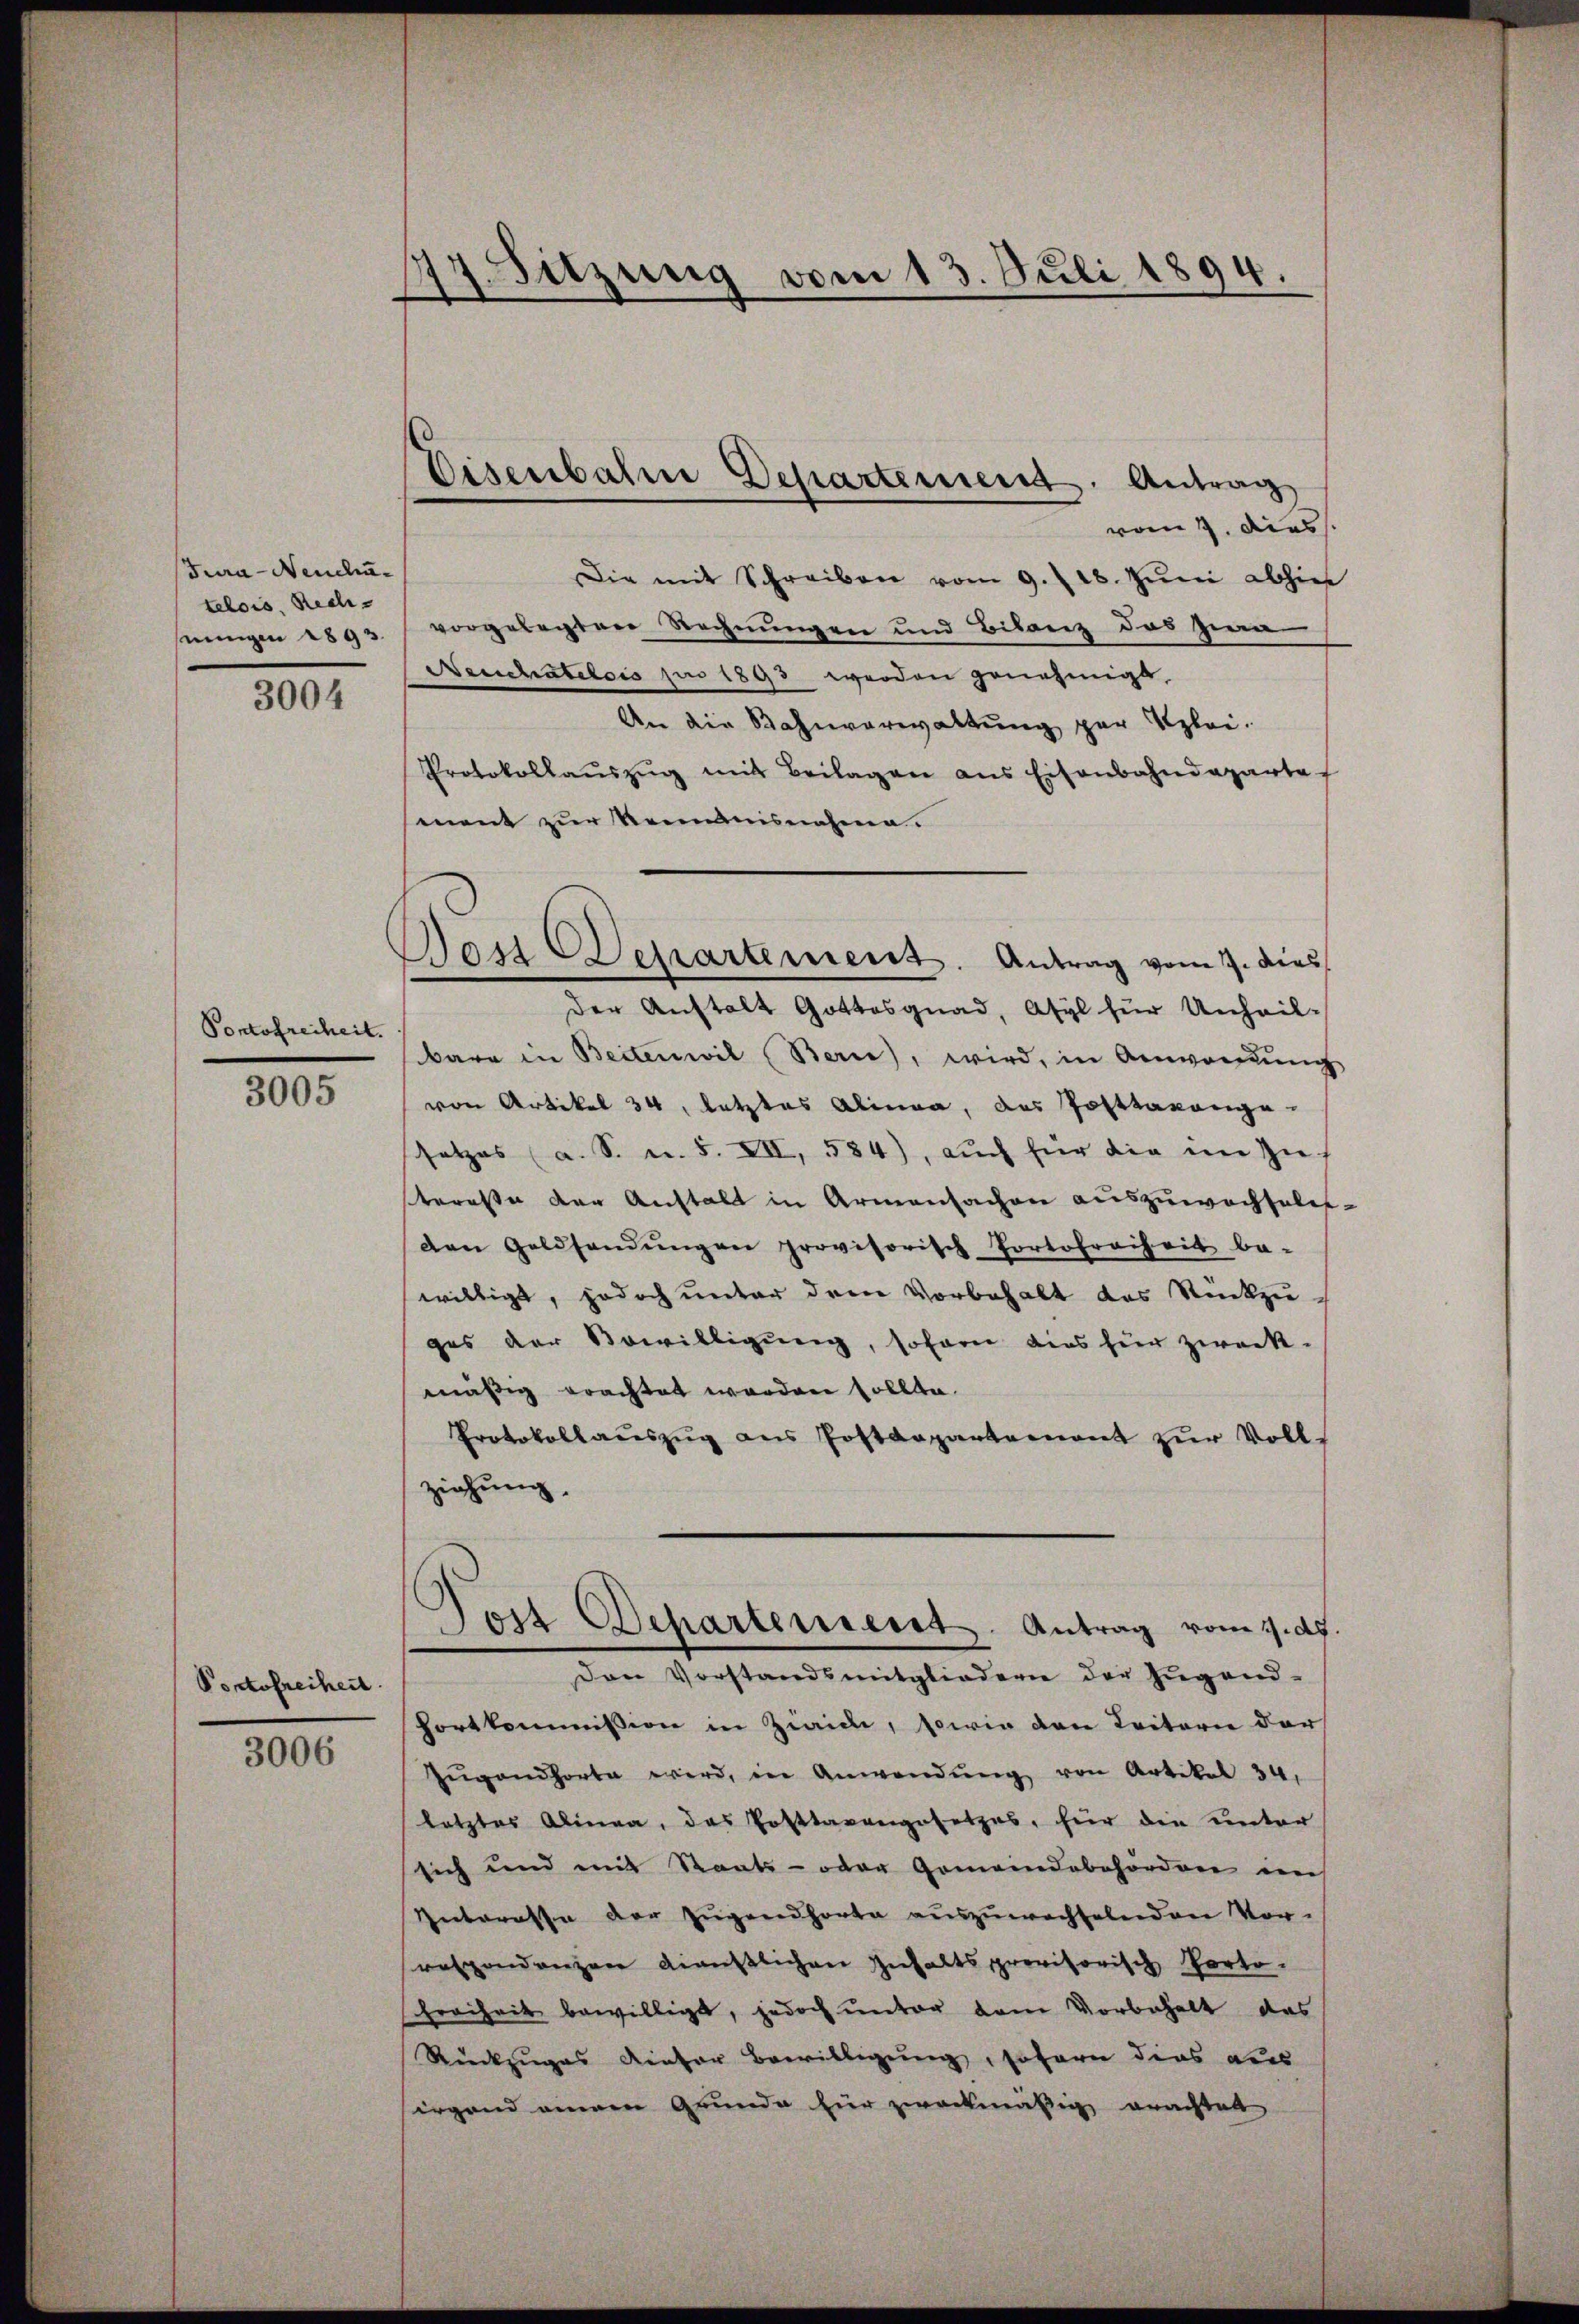
Jura - Neuchatelois. Rechnungen 1893.

3004

Pontofreiheit.

3005

Portofreiheit.

3006

14. Sitzung vom 13. Juli 1894.
d

Disenbahne Departement. Antrag

Das Departement. Antrag vom 7. dies

vom 7. dies
Die mit Schreiben vom 9. 118. Jŭni abhies
vorgelegten Rechnungen und Bilanz des zwa
Neuchatelois pro 1893 werden genehmigt
An die Bahnverwaltung zur Klei¬
Protokollaŭszŭg mit Beilagen ans Eisenbahndeparte
mnent zur Romanisnahme.
der Anstalt Gottesgnad, Asyl für Unheil-
bara in Beitenwil Berne), wird, in Anwendung
von Artikel 34. Letztes Alinea, das Posttrange
setzes (a. S. u. s. VII, 584), auch für die im Zus
steresse der Anstalt in Armensachen auszuwachselt
den Geldsendŭngen provisorisch Portofreiheit be-
willigt, jedoch unter drei Vorbehalt des Rückzu-
ges der Bewilligung, sofern dies für zweck-
mäßig erachtet worden sollte.
Protokollaŭszŭg ans Postdepartement zur Vollziehung.
Jost Departement. Antrag vom 1. ds.
Den Vorstandsmitgliedern der Zŭgand-
fortkommission in Zwicke, sowie den Leitern der
Zŭgandhorte wird, in Anwendŭng von Artikel 34.
letztes Alinea, das Posttagengesetzes, für die unter
sich und mit Staats- oder Gemeindebehörden ins
Interasse der Zügendhorte auszuwachselnden Vor-
respondenzen dienstlichen Inhaltsprovisorisch Porto-
Freiheit bewilligt, jedoch unter dem Vorbehalt das
Rückzuges dieser Bewilligung sofern dies aus
sirgend einen Grunde hier zweckmäßig erachtet